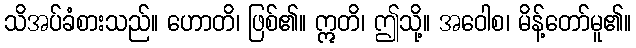
သိအပ်ခံစားသည်။ ဟောတိ၊ ဖြစ်၏။ ဣတိ၊ ဤသို့။ အဝေါစ၊ မိန့်တော်မူ၏။